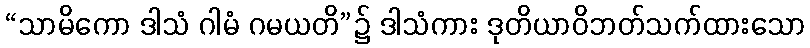
“သာမိကော ဒါသံ ဂါမံ ဂမယတိ”၌ ဒါသံကား ဒုတိယာဝိဘတ်သက်ထားသော